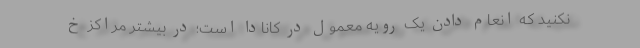
نکنید که انعام دادن یک رویه معمول در کانادا است؛ در بیشتر مراکز خ